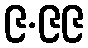
၉.၉၉